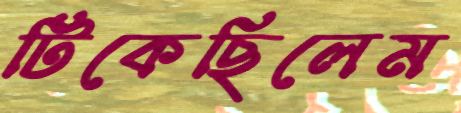
টিকেছিলেম